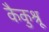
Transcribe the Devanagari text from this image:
कैकुश्रू